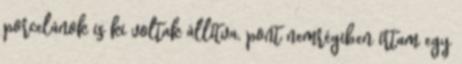
porcelánok is ki voltak állítva, pont nemrégiben írtam egy